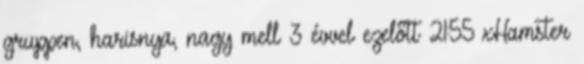
gruppen, harisnya, nagy mell 3 évvel ezelőtt 21:55 xHamster